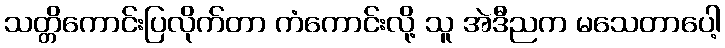
သတ္တိကောင်းပြလိုက်တာ ကံကောင်းလို့ သူ အဲဒီညက မသေတာပေါ့